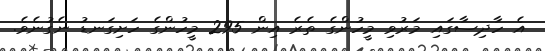
އެ ހާދިސާގައި މަރުވި މީހުންގެ ތެރެ އިން 295 މީހުންގެ ހަށިގަނޑު ނެގުނެވެ.